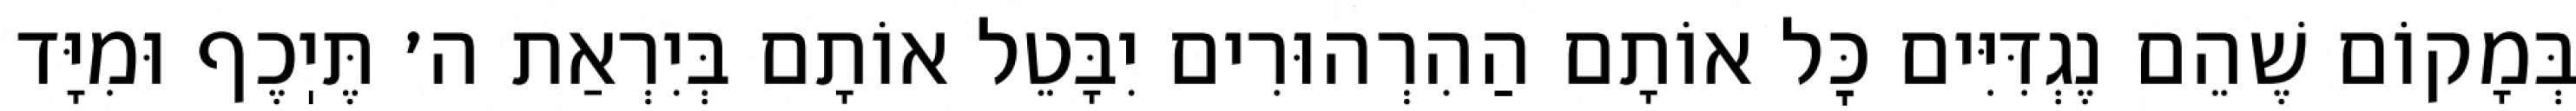
בְּמָקוֹם שֶׁהֵם נֶגְדִּיִּים כׇּל אוֹתָם הַהִרְהוּרִים יִבָּטֵל אוֹתָם בְּיִרְאַת ה׳ תֶּיֽכֶף וּמִיָּד